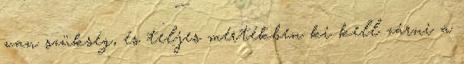
van szükség, és teljes mértékben ki kell zárni a